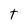
Character: T